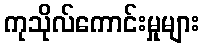
ကုသိုလ်ကောင်းမှုများ